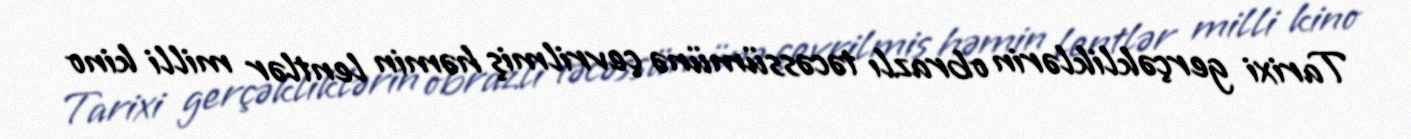
Tarixi gerçəkliklərin obrazlı təcəssümünə çevrilmiş həmin lentlər milli kino